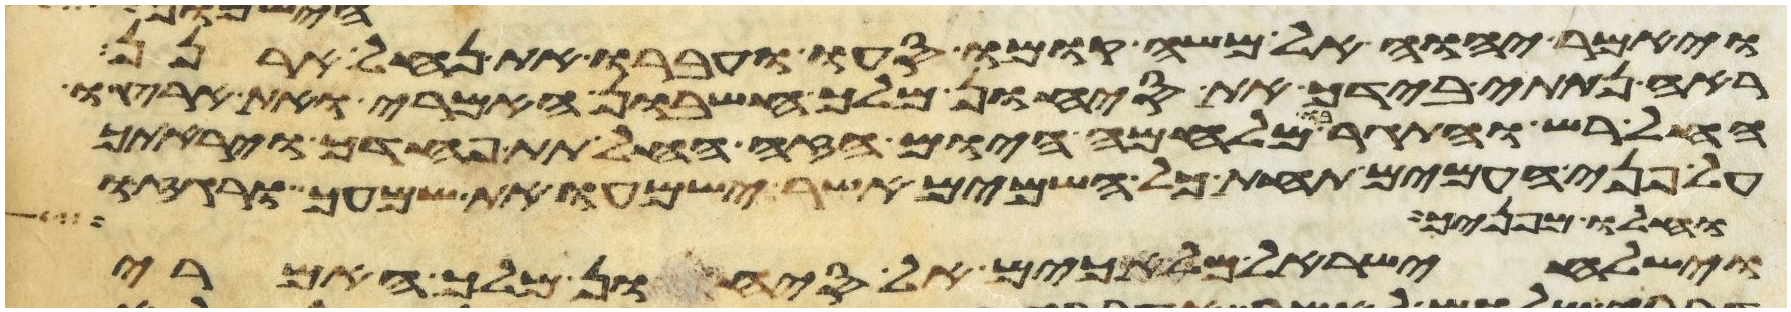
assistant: ויאמר יהוה אל משה קומו סעו ועברו את נחל ארנן
ראה נתתי בידך את סיחון מלך חשבון האמרי ואת ארצו
החל רש והתגר בו מלחמה היום הזה החל תת פחדך ויראתך
על פני העמים תחת כל השמים אשר ישמעו את שמעך ורגזו
וחלו מפניך
וישלח ישראל מלאכים אל סיחון מלך האמרי